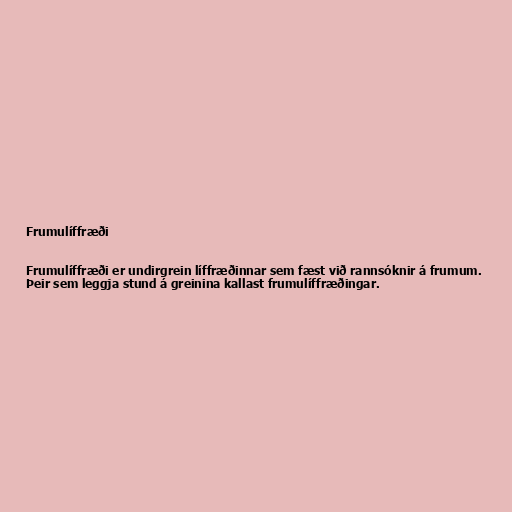
Frumulíffræði

Frumulíffræði er undirgrein líffræðinnar sem fæst við rannsóknir á frumum.
Þeir sem leggja stund á greinina kallast frumulíffræðingar.